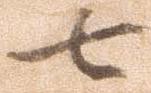
七